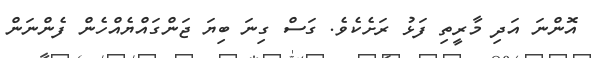
އޮންނަ އަދި މާރީތި ފަޅު ރަށެކެވެ. ގަސް ގިނަ ބިޔަ ޖަންގައްޔެއްހެން ފެންނަން